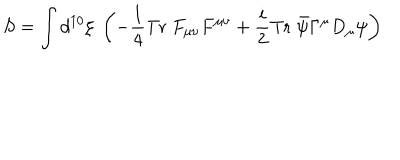
S = \int d ^ { 1 0 } \xi \; \left( - \frac { 1 } { 4 } \mathrm { T r } \; F _ { \mu \nu } F ^ { \mu \nu } + \frac { i } { 2 } \mathrm { T r } \; \bar { \psi } \Gamma ^ { \mu } D _ { \mu } \psi \right)